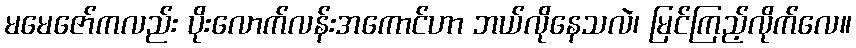
မမေဇော်ကလည်း ပိုးလောက်လန်းအကောင်ဟာ ဘယ်လိုနေသလဲ၊ မြင်ကြည့်လိုက်လေ။